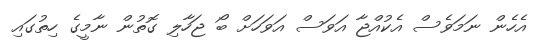
އެހެން ނަމަވެސް އެކުއްޖާ އަވަސް އަވަހަށް ބޯ ޖަހާލި ގޮތުން ނާމީގެ ހިތުގައި